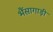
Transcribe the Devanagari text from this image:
भैंसागाड़ी